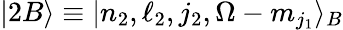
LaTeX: |2B\rangle\equiv|n_{2},\ell_{2},j_{2},\Omega-m_{j_{1}}\rangle_{B}